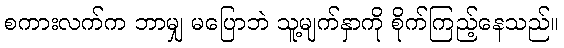
စကားလက်က ဘာမျှ မပြောဘဲ သူ့မျက်နှာကို စိုက်ကြည့်နေသည်။